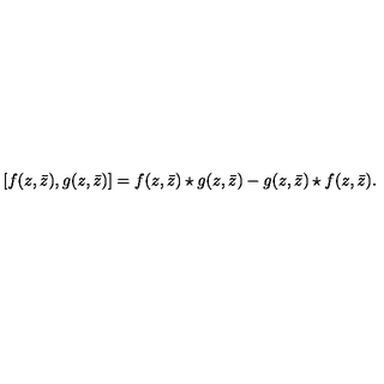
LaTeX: [ f ( z , \bar { z } ) , g ( z , \bar { z } ) ] = f ( z , \bar { z } ) \star g ( z , \bar { z } ) - g ( z , \bar { z } ) \star f ( z , \bar { z } ) .